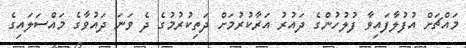
މައްޗަށް އުފުލާފައިވާ ފުލުހުންގެ ދައުރު އަރާކުރުމަށް ދަތިކުރުމުގެ ދެ ވަނަ ދައުވާގެ މައްސަލައިގެ